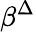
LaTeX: \beta^{\Delta}